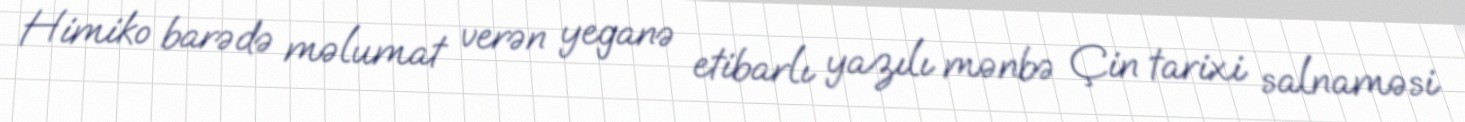
Himiko barədə məlumat verən yeganə etibarlı yazılı mənbə Çin tarixi salnaməsi